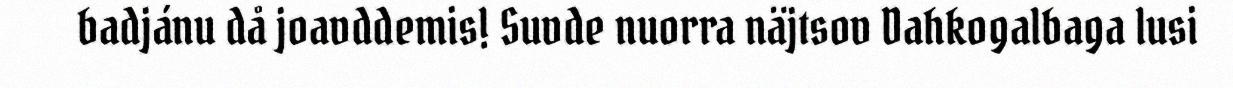
badjánu då joavddemis! Suvde nuorra näjtsov Dahkogalbaga lusi